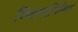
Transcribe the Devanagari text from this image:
शिक्षणानिमित्त